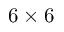
6 \times 6